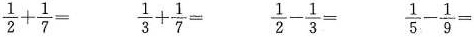
$$\frac{1}{2}+ \frac{1}{7}=$$ $$\frac{1}{3}+ \frac{1}{7}=$$ $$\frac{1}{5}- \frac{1}{9}=$$ $$\frac{1}{2}- \frac{1}{3}=$$